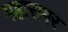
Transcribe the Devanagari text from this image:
महारागर